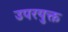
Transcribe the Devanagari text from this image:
उपरयुक्त